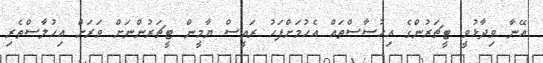
އޭނާ ވިދާޅުވީ ޓީޗަރުންގެ އިހުސާސްތައް އެހުމަށްފަހު ރައީސް ޔާމީން ޓީޗަރުންނަށް ވަރަށް އިހުލާސްތެރި